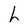
Character: h